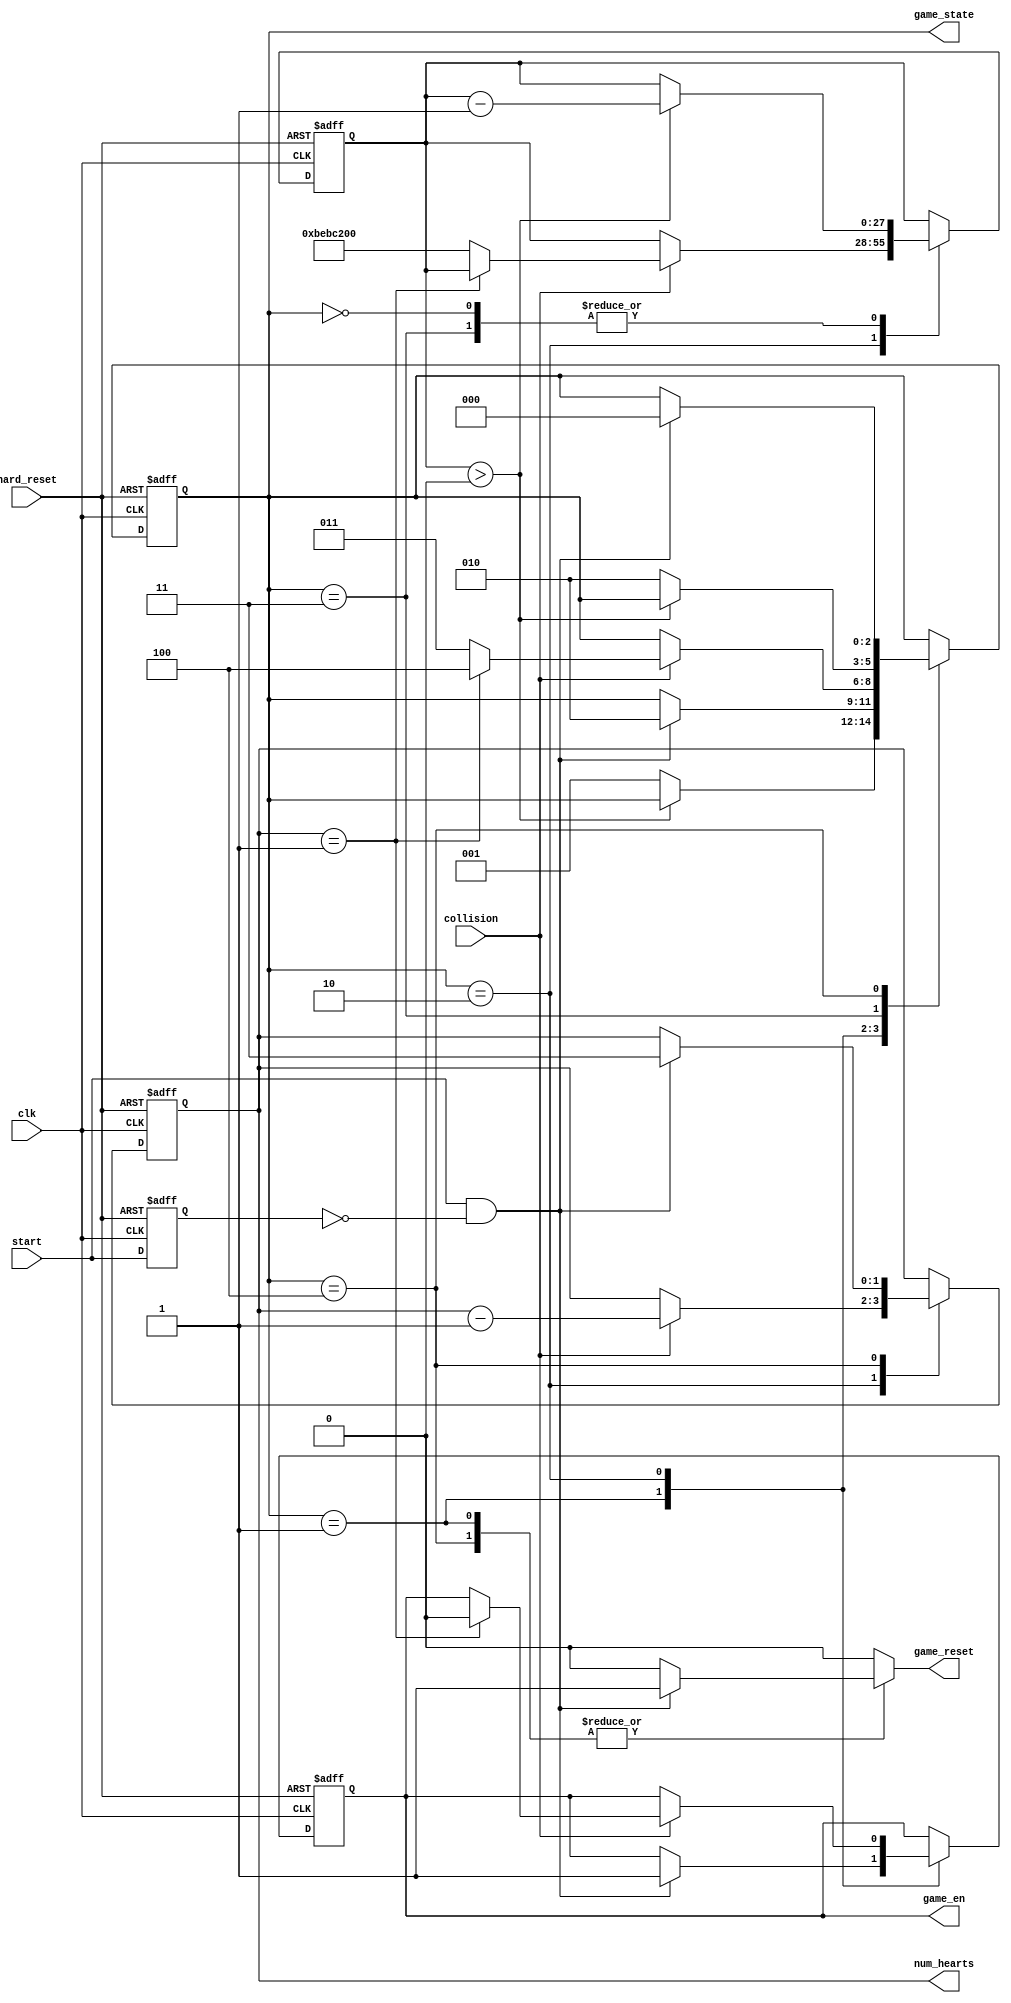
//K.Bajur
module game_ctl
	(	
		input wire clk, hard_reset,   
		input wire start,             
        	input wire collision,         
		output wire [1:0] num_hearts, 
		output wire [2:0] game_state, 
		output wire game_en,          
		output reg game_reset         
        );
	
	
	reg start_reg;
	wire start_posedge;
	
	
	always @(posedge clk, posedge hard_reset)
		if(hard_reset)
			start_reg <= 0;
		else 
			start_reg <= start;
	
	
	assign start_posedge = start & ~start_reg;
	
	
	localparam [2:0] init     = 3'b000,  
			 idle     = 3'b001,  
		         playing  = 3'b010,  
			 hit      = 3'b011,  
			 gameover = 3'b100;  
	
	reg [2:0] game_state_reg, game_state_next; 
	reg [27:0] timeout_reg, timeout_next;      
	reg [1:0] hearts_reg, hearts_next;         
	reg game_en_reg, game_en_next;             
	
	
	always @(posedge clk, posedge hard_reset)
		if(hard_reset)
			begin
			game_state_reg <= init;
			timeout_reg    <= 20000000;
			hearts_reg     <= 3;
			game_en_reg    <= 0;
			end
		else
			begin
			game_state_reg <= game_state_next;
			timeout_reg    <= timeout_next;
			hearts_reg     <= hearts_next;
			game_en_reg    <= game_en_next;
			end
	
	always @*
		begin
		
		game_state_next = game_state_reg;
		timeout_next    = timeout_reg;
		hearts_next     = hearts_reg;
		game_en_next    = game_en_reg;
		game_reset = 0;
		
		case(game_state_reg)
			
			init:
				begin	
				if(timeout_reg > 0)                   
					timeout_next = timeout_reg - 1;
				else 
					game_state_next = idle;           
				end
				
			idle:
				begin
				if(start_posedge)                     
					begin
					game_en_next = 1;                 
					game_reset   = 1;                 
					game_state_next = playing;        
					end
				end
			
			playing:
				begin
				if(collision)                         
					begin
					if(hearts_reg == 1)               
						begin
						hearts_next = hearts_reg - 1; 
						game_en_next = 0;             
						game_state_next = gameover;   
						end
					else
						begin
						hearts_next = hearts_reg - 1; 
						game_state_next = hit;        
						timeout_next = 200000000;     
						end
					end
				end
				
			hit:
				begin	                              
				if(timeout_reg > 0)                   
					timeout_next = timeout_reg - 1;
				else 
					game_state_next = playing;        
				end
			
			gameover:                                 
				begin
				if(start_posedge)                     
					begin
					hearts_next = 3;                  
					game_state_next = init;           
					game_reset   = 1;                 
					end
				end
				
			endcase
			end
	
	
	assign num_hearts = hearts_reg;
	assign game_state = game_state_reg;
	assign game_en = game_en_reg;

endmodule